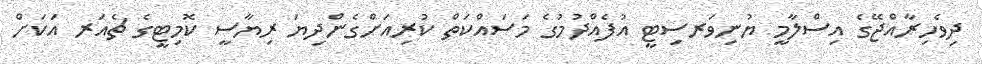
ދިވެހިރާއްޖޭގެ އިސްލާމީ ޔުނިވަރސިޓީ އުފެއްދުމުގެ މަސައްކަތް ކުރިއަށްގެންދިޔަ ރިޔާސީ ކޮމިޓީގެ ޗެއަރ އަކަށް